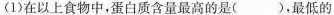
(1)在以上食物中，蛋白质含量最高的是()，最低的